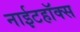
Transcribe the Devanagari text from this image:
नाईटहॉक्स